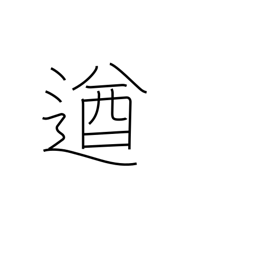
Meaning: powerful